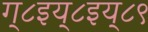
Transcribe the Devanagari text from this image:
ग्८इय्८इय्८९